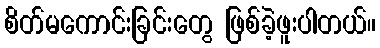
စိတ်မကောင်းခြင်းတွေ ဖြစ်ခဲ့ဖူးပါတယ်။